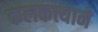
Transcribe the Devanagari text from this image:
कलकत्त्याने